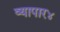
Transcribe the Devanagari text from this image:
व्यापार४